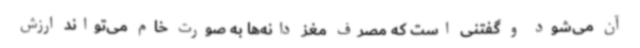
آن می‌شود و گفتنی است که مصرف مغز دانه‌ها به صورت خام می‌تواند ارزش